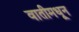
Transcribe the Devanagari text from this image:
वातीमधून